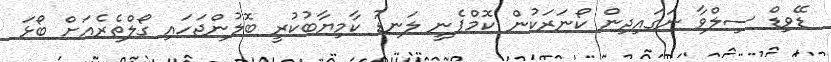
ޑޭވިޑް ސިލްވާ ނަގައިދިން ކޯނަރަކުން ކޮމްޕެނީ ލަނޑު ކާމިޔާބުކުރީ ބޮލުންޖަހައި ގޯލްތެރެއަށް ބޯޅަ